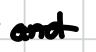
Text: and
Cross-out: single-line
Writing tool: digital_black